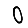
Digit: 0